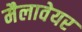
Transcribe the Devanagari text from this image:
मैलावेयर